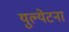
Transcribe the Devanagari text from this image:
युल्येटना